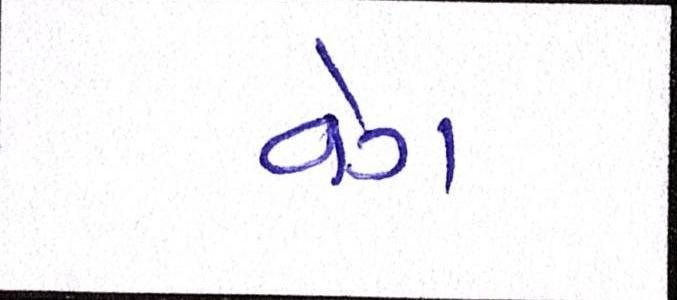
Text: વેગ